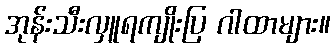
အုန်းသီးလှူရကျိုးပြ ဂါထာများ။